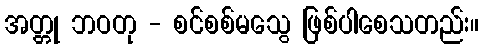
အတ္တု ဘဝတု - စင်စစ်မသွေ ဖြစ်ပါစေသတည်း။